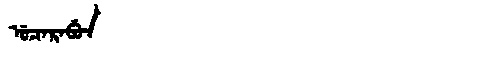
Manchu: ᡠᠴᠠᡵᠠᠪᡠᠨ
Romanization: UCARABUN